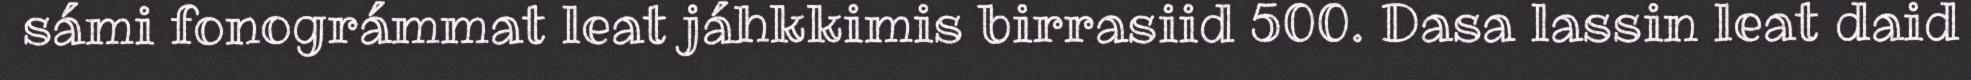
sámi fonográmmat leat jáhkkimis birrasiid 500. Dasa lassin leat daid